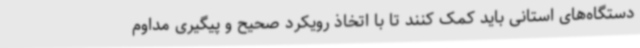
دستگاه‌های استانی باید کمک کنند تا با اتخاذ رویکرد صحیح و پیگیری مداوم